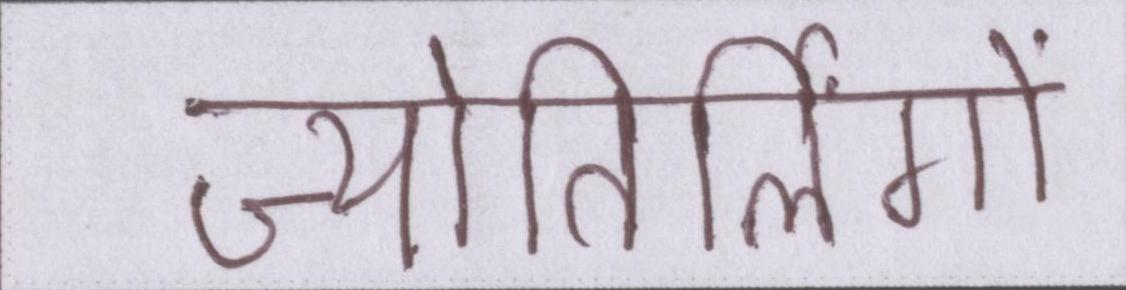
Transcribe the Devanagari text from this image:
ज्योतिर्लिंगों